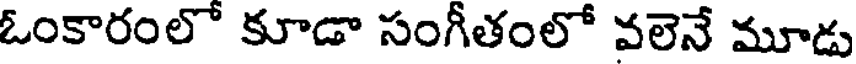
ఓంకారంలో కూడా సంగీతంలో వలెనే మూడు